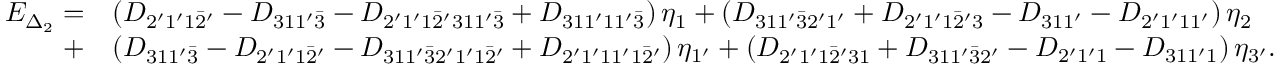
\begin{array} { r l } { E _ { \Delta _ { 2 } } = } & { \left( { { D _ { 2 ^ { \prime } 1 ^ { \prime } 1 \bar { 2 } ^ { \prime } } } - { D _ { 3 1 1 ^ { \prime } \bar { 3 } } } - { D _ { 2 ^ { \prime } 1 ^ { \prime } 1 \bar { 2 } ^ { \prime } 3 1 1 ^ { \prime } \bar { 3 } } } + { D _ { 3 1 1 ^ { \prime } 1 1 ^ { \prime } \bar { 3 } } } } \right) { \eta _ { 1 } } + \left( { { D _ { 3 1 1 ^ { \prime } \bar { 3 } 2 ^ { \prime } 1 ^ { \prime } } } + { D _ { 2 ^ { \prime } 1 ^ { \prime } 1 \bar { 2 } ^ { \prime } 3 } } - { D _ { 3 1 1 ^ { \prime } } } - { D _ { 2 ^ { \prime } 1 ^ { \prime } 1 1 ^ { \prime } } } } \right) { \eta _ { 2 } } } \\ { + } & { \left( { { D _ { 3 1 1 ^ { \prime } \bar { 3 } } } - { D _ { 2 ^ { \prime } 1 ^ { \prime } 1 \bar { 2 } ^ { \prime } } } - { D _ { 3 1 1 ^ { \prime } \bar { 3 } 2 ^ { \prime } 1 ^ { \prime } 1 \bar { 2 } ^ { \prime } } } + { D _ { 2 ^ { \prime } 1 ^ { \prime } 1 1 ^ { \prime } 1 \bar { 2 } ^ { \prime } } } } \right) { \eta _ { 1 ^ { \prime } } } + \left( { { D _ { 2 ^ { \prime } 1 ^ { \prime } 1 \bar { 2 } ^ { \prime } 3 1 } } + { D _ { 3 1 1 ^ { \prime } \bar { 3 } 2 ^ { \prime } } } - { D _ { 2 ^ { \prime } 1 ^ { \prime } 1 } } - { D _ { 3 1 1 ^ { \prime } 1 } } } \right) { \eta _ { 3 ^ { \prime } } } . } \end{array}